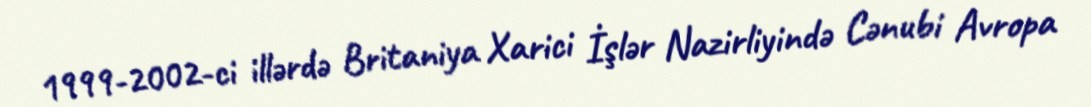
1999-2002-ci illərdə Britaniya Xarici İşlər Nazirliyində Cənubi Avropa